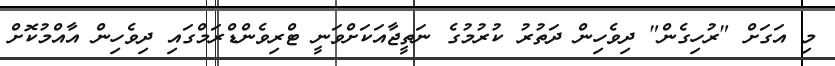
މި އަގަށް "ރުހިގެން" ދިވެހިން ދަތުރު ކުރުމުގެ ނަތީޖާއަކަށްވަނީ ޓްރިވެންޑްރަމްގައި ދިވެހިން އާއްމުކޮށް